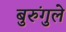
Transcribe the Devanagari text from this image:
बुरुंगुले